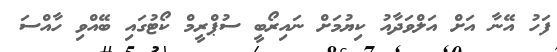
ފަހު އޭނާ އަށް އަލްވަދާއު ކިޔުމަށް ނައިރޯބީ ސުޕްރީމް ކޯޓުގައި ބޭއްވި ހާއްސަ